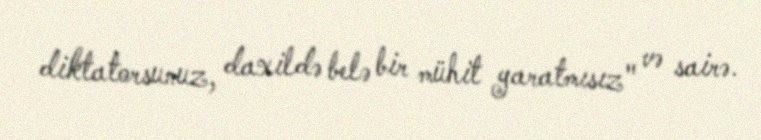
diktatorsunuz, daxildə belə bir mühit yaratmısız" və sairə.